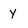
Character: Y